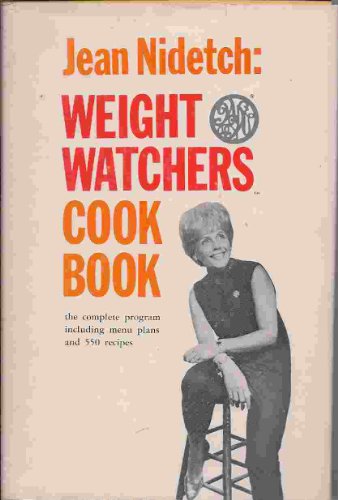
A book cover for Weight Watchers Cook Book; Jean Nidetch; Health, Fitness & Dieting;